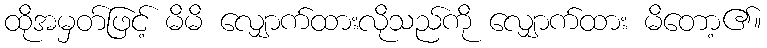
ထိုအမှတ်ဖြင့် မိမိ လျှောက်ထားလိုသည်ကို လျှောက်ထား မိတော့၏။